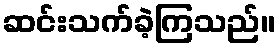
ဆင်းသက်ခဲ့ကြသည်။